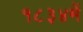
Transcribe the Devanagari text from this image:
१८३४में